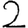
Digit: 2